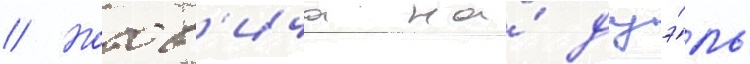
// Нотов'ича на́ дуэ́ль